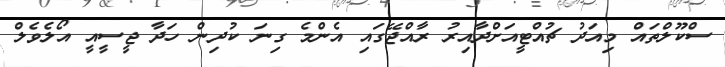
ސްކޫލްތައް މިއަދު ޗުއްޓީއަށްދާއިރު ރާއްޖޭގައި އެންމެ ގިނަ ކުދިން ހަދާ ޖީސީއީ އޯލެވެލް